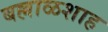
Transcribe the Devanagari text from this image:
बल्लाळशाह